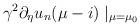
LaTeX: \begin{align*} \gamma^{2}\partial_{\eta}u_{n}(\mu-i)\mid_{\mu=\mu_{0}}\end{align*}